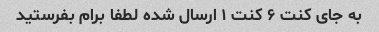
به جای کنت ۶ کنت ۱ ارسال شده لطفا برام بفرستید